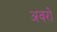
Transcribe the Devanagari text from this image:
अवरो